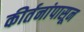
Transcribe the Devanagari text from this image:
कीर्तनांपासून